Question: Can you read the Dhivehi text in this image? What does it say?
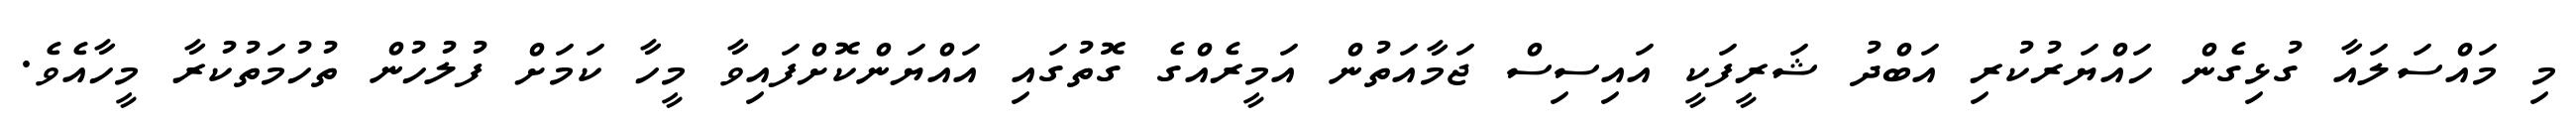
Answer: މި މައްސަލައާ ގުޅިގެން ހައްޔަރުކުރި އަބްދު ޝަރީފަކީ އައިސިސް ޖަމާއަތުން އަމީރެއްގެ ގޮތުގައި އައްޔަންކޮށްފައިވާ މީހާ ކަމަށް ފުލުހުން ތުހުމަތުކުރާ މީހާއެވެ.